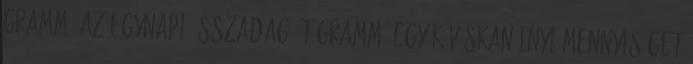
gramm, az egynapi összadag öt gramm. Egy kávéskanálnyi mennyiséget